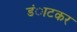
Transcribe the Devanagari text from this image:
डंाटकर